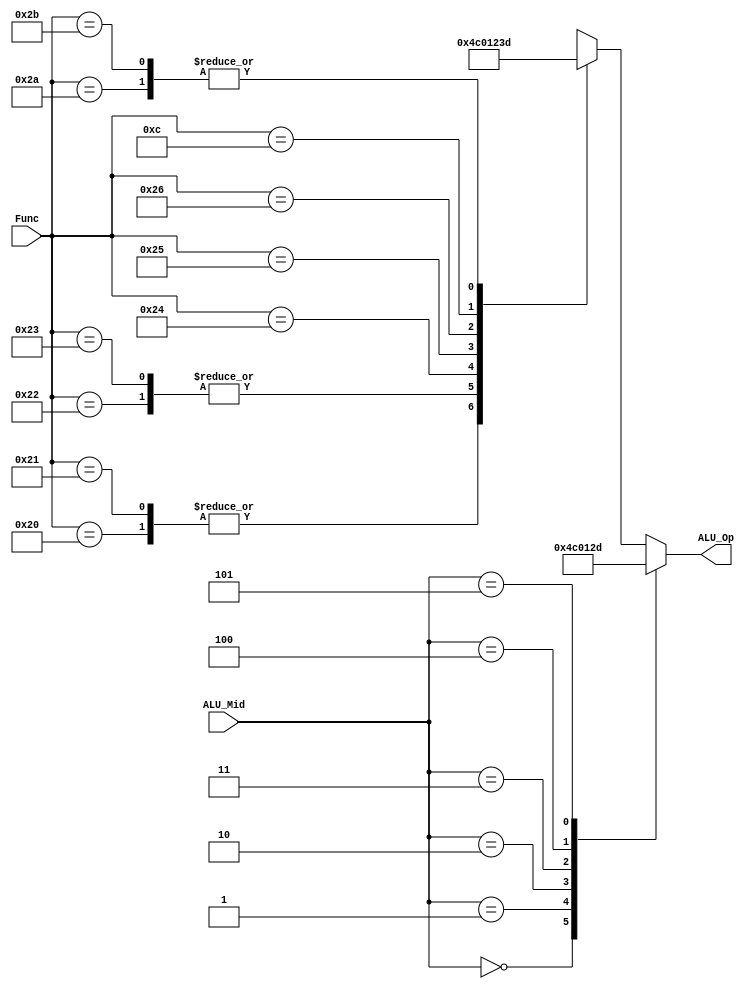

module ALUdec (
				Func,
				ALU_Mid,
				ALU_Op
			  );

input [5:0] Func;
input [2:0] ALU_Mid;
output reg [3:0] ALU_Op;

//--Asynchronous---------------------------
always @ (*)
	case (ALU_Mid) //Itype
		3'b000: ALU_Op <= 4'b0100; //addi, addiu
		3'b001: ALU_Op <= 4'b1100; //subi
		3'b010: ALU_Op <= 4'b0000; //andi
		3'b011: ALU_Op <= 4'b0001; //ori
		3'b100: ALU_Op <= 4'b0010; //xori
		3'b101: ALU_Op <= 4'b1101; //sliti
		default: case(Func) //Rtype
			6'b100000: ALU_Op <= 4'b0100; //add
			6'b100001: ALU_Op <= 4'b0100; //addu
			6'b100010: ALU_Op <= 4'b1100; //sub
			6'b100011: ALU_Op <= 4'b1100; //subu
			6'b100100: ALU_Op <= 4'b0000; //and
			6'b100101: ALU_Op <= 4'b0001; //or
			6'b100110: ALU_Op <= 4'b0010; //xor
			6'b001100: ALU_Op <= 4'b0011; //xnor //001100 is originally systemcall, but we use it for xnor here
			6'b101010: ALU_Op <= 4'b1101; //slt
			6'b101011: ALU_Op <= 4'b1101; //sltu
			default: ALU_Op <= 4'bxxxx; //???
		endcase
	endcase
endmodule